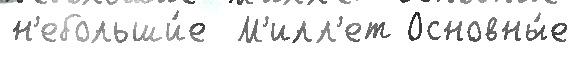
н'ебольши́е  М'илл'ет Основны́е